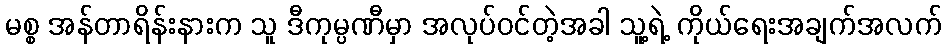
မစ္စ အန်တာရိန်းနားက သူ ဒီကုမ္ပဏီမှာ အလုပ်ဝင်တဲ့အခါ သူ့ရဲ့ ကိုယ်ရေးအချက်အလက်